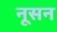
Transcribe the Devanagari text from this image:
नूसन